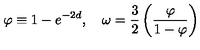
\varphi \equiv 1 - e ^ { - 2 d } , \quad \omega = \frac { 3 } { 2 } \left( \frac { \varphi } { 1 - \varphi } \right)